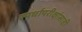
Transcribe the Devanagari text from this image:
स्पर्धापरीक्षांसाठी